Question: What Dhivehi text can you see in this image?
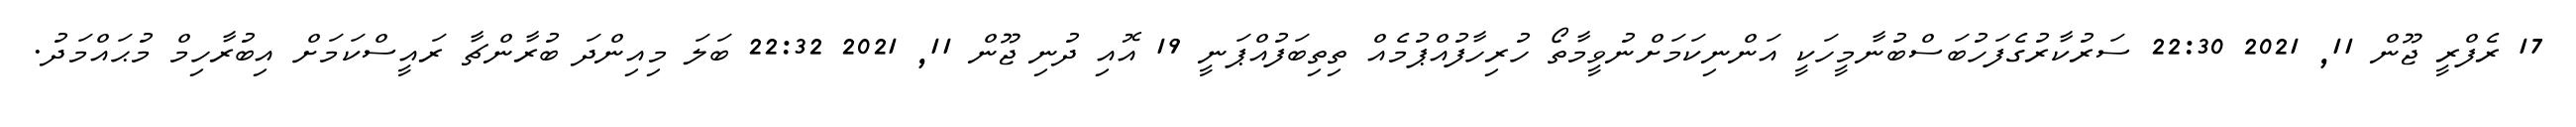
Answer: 17 ރެފްރީ ޖޫން 11, 2021 22:30 ސަރުކާރުގެފަހުބަސްބުނާމީހަކީ އަންނިކަމަށްނުވީމާތޯ ހުރިހާފުއްޕުމެއް ތިތިބަފުއްޕަނީ 19 އޮއި ދުނި ޖޫން 11, 2021 22:32 ބަލަ މިއިންދަ ބުރާންޗާ ރައީސްކަމަށް އިބުރާހިމް މުޙައްމަދު.